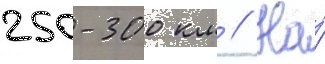
250-300 км // На́